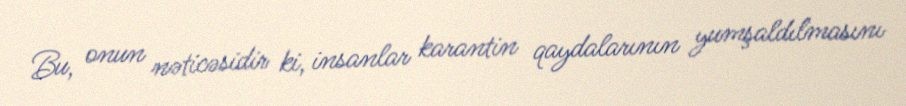
Bu, onun nəticəsidir ki, insanlar karantin qaydalarının yumşaldılmasını